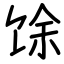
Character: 馀